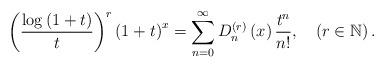
LaTeX: \begin{align*}\left(\frac{\log\left(1+t\right)}{t}\right)^{r}\left(1+t\right)^{x}=\sum_{n=0}^{\infty}D_{n}^{\left(r\right)}\left(x\right)\frac{t^{n}}{n!},\quad\left(r\in\mathbb{N}\right).\end{align*}